Proceedings of the meeting of veterinary officers in India
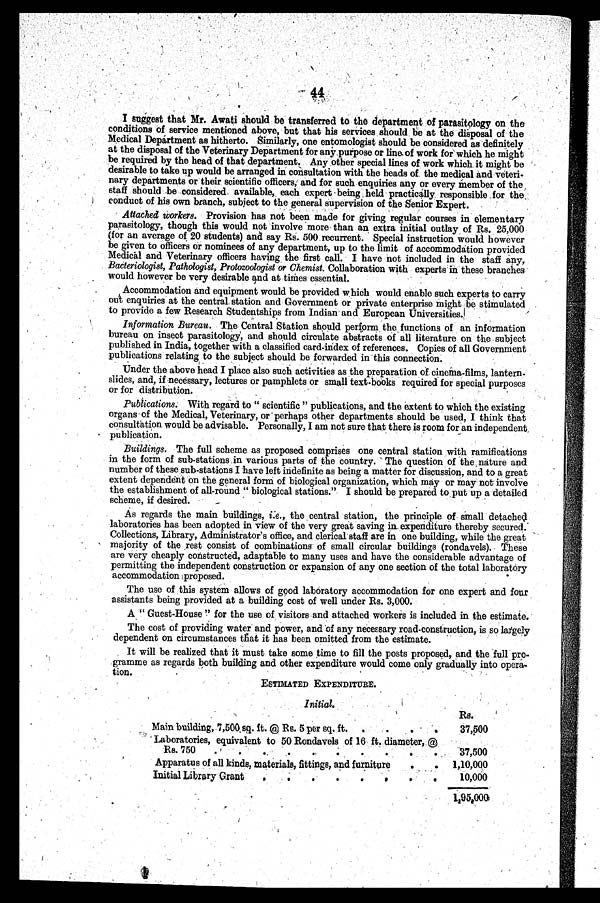
44
I suggest that Mr. Awati should be transferred to the department of parasitology on the
conditions of service mentioned above, but that his services should be at the disposal of the
Medical Department as hitherto. Similarly, one entomologist should be considered as definitely
at the disposal of the Veterinary Department for any purpose or line of work for which he might
be required by the head of that department. Any other special lines of work which it might be
desirable to take up would bo arranged in consultation with the heads of the medical and veteri-
nary departments or their scientific officers, and for such enquiries any or every member of the
staff should be considered available, each expert being held practically responsible for the
conduct of his own branch, subject to the general supervision of the Senior Expert.
Attached workers. Provision has not been made for giving regular courses in elementary
parasitology, though this would not involve more than an extra initial outlay of Rs. 25,000
(for an average of 20 students) and say Rs. 500 recurrent. Special instruction would however
be given to officers or nominees of any department, up to the limit of accommodation provided
Medical and Veterinary officers having the first call. I have not included in the staff any,
Bacteriologist, Pathologist, Protozoologist or Chemist. Collaboration with experts in these branches
would however be very desirable and at times essential.
Accommodation and equipment would be provided which would enable such experts to carry
out enquiries at the central station and Government or private enterprise might be stimulated
to provide a few Research Studentships from Indian and European Universities.
Information Bureau. The Central Station should perform the functions of an information
bureau on insect parasitology, and should circulate abstracts of all literature on the subject
published in India, together with a classified card-index of references. Copies of all Government
publications relating to the subject should be forwarded in this connection.
Under the above head I place also such activities as the preparation of cinema-films, lantern-
slides, and, if necessary, lectures or pamphlets or small text-books required for special purposes
or for distribution.
Publications. With regard to "scientific" publications, and the extent to which the existing
organs of the Medical, Veterinary, or perhaps other departments should be used, I think that
consultation would be advisable. Personally, I am not sure that there is room for an independent
publication.
Buildings. The full scheme as proposed comprises one central station with ramifications
in the form of sub-stations in various parts of the country. The question of the nature and
number of these sub-stations I have left indefinite as being a matter for discussion, and to a great
extent dependent on the general form of biological organization, which may or may not involve
the establishment of all-round "biological stations." I should be prepared to put up a detailed
scheme, if desired.
As regards the main buildings, i.e., the central station, the principle of small detached
laboratories has been adopted in view of the very great saving in expenditure thereby secured.
Collections, Library, Administrator's office, and clerical staff are in one building, while the great
majority of the rest consist of combinations of small circular buildings (rondavels). These
are very cheaply constructed, adaptable to many uses and have the considerable advantage of
permitting the independent construction or expansion of any one section of the total laboratory
accommodation proposed.
The use of this system allows of good laboratory accommodation for one expert and four
assistants being provided at a building cost of well under Rs. 3,000.
A "Guest-House" for the use of visitors and attached workers is included in the estimate.
The cost of providing water and power, and of any necessary road-construction, is so largely
dependent on circumstances that it has been omitted from the estimate.
It will be realized that it must take some time to fill the posts proposed, and the full pro-
gramme as regards both building and other expenditure would come only gradually into opera-
tion.
ESTIMATED EXPENDITURE.
Initial.
Main building, 7,500 sq. ft. @ Rs. 5 per
sq.
ft.
Laboratories, equivalent to 50 Rondavels of 16 ft. diameter, @
Rs. 750
Apparatus of all kinds, materials, fittings, and furniture
.
.
Initial Library Grant
.
.
.
.
.
.
.
.
RS.
37,500
37,500
1,10,000
10,000
1,95,000